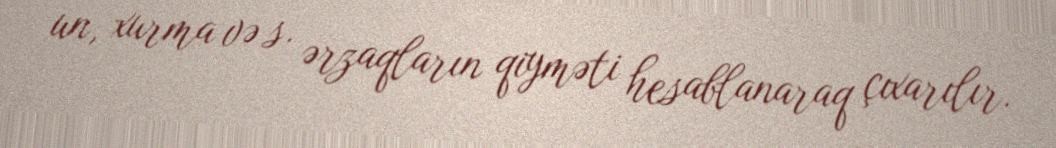
un, xurma və s. ərzaqların qiyməti hesablanaraq çıxarılır.